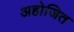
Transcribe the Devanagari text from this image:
अहोजित